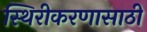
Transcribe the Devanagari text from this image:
स्थिरीकरणासाठी